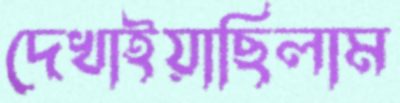
দেখাইয়াছিলাম